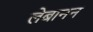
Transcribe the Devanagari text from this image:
लेबानन